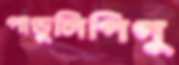
পাণ্ডুলিপিগু